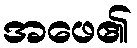
အဖေ၏